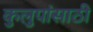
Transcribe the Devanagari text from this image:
कुलुपांसाठी